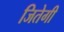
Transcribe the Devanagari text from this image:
जितेगी